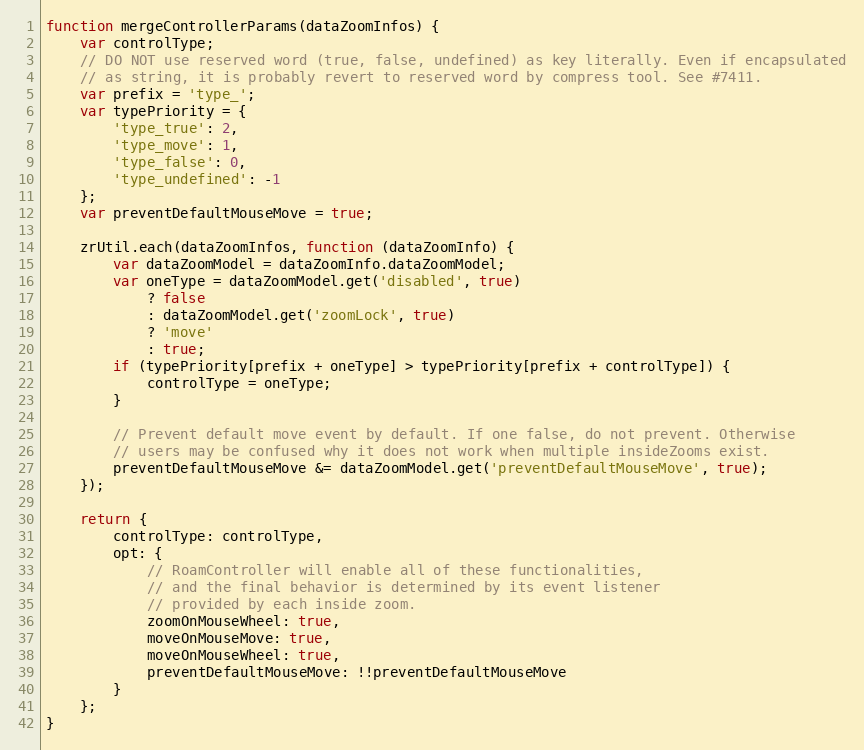
Language: JavaScript
function mergeControllerParams(dataZoomInfos) {
    var controlType;
    // DO NOT use reserved word (true, false, undefined) as key literally. Even if encapsulated
    // as string, it is probably revert to reserved word by compress tool. See #7411.
    var prefix = 'type_';
    var typePriority = {
        'type_true': 2,
        'type_move': 1,
        'type_false': 0,
        'type_undefined': -1
    };
    var preventDefaultMouseMove = true;

    zrUtil.each(dataZoomInfos, function (dataZoomInfo) {
        var dataZoomModel = dataZoomInfo.dataZoomModel;
        var oneType = dataZoomModel.get('disabled', true)
            ? false
            : dataZoomModel.get('zoomLock', true)
            ? 'move'
            : true;
        if (typePriority[prefix + oneType] > typePriority[prefix + controlType]) {
            controlType = oneType;
        }

        // Prevent default move event by default. If one false, do not prevent. Otherwise
        // users may be confused why it does not work when multiple insideZooms exist.
        preventDefaultMouseMove &= dataZoomModel.get('preventDefaultMouseMove', true);
    });

    return {
        controlType: controlType,
        opt: {
            // RoamController will enable all of these functionalities,
            // and the final behavior is determined by its event listener
            // provided by each inside zoom.
            zoomOnMouseWheel: true,
            moveOnMouseMove: true,
            moveOnMouseWheel: true,
            preventDefaultMouseMove: !!preventDefaultMouseMove
        }
    };
}